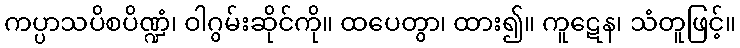
ကပ္ပာသပိစပိဏ္ဍံ၊ ဝါဂွမ်းဆိုင်ကို။ ထပေတွာ၊ ထား၍။ ကူဋေန၊ သံတူဖြင့်။